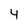
Character: 4